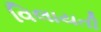
વિલાયતી